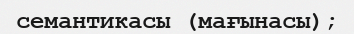
семантикасы (мағынасы);